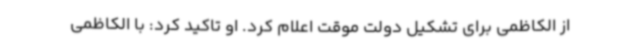
از الکاظمی برای تشکیل دولت موقت اعلام کرد. او تاکید کرد: با الکاظمی